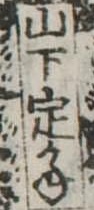
山下定かね